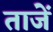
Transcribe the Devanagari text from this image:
ताजें